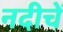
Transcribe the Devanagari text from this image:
नदीचें